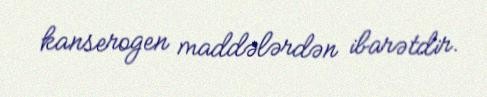
kanserogen maddələrdən ibarətdir.